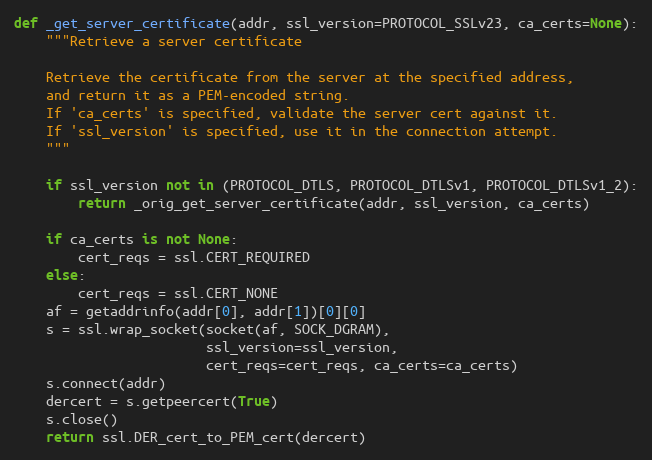
Language: Python
def _get_server_certificate(addr, ssl_version=PROTOCOL_SSLv23, ca_certs=None):
    """Retrieve a server certificate

    Retrieve the certificate from the server at the specified address,
    and return it as a PEM-encoded string.
    If 'ca_certs' is specified, validate the server cert against it.
    If 'ssl_version' is specified, use it in the connection attempt.
    """

    if ssl_version not in (PROTOCOL_DTLS, PROTOCOL_DTLSv1, PROTOCOL_DTLSv1_2):
        return _orig_get_server_certificate(addr, ssl_version, ca_certs)

    if ca_certs is not None:
        cert_reqs = ssl.CERT_REQUIRED
    else:
        cert_reqs = ssl.CERT_NONE
    af = getaddrinfo(addr[0], addr[1])[0][0]
    s = ssl.wrap_socket(socket(af, SOCK_DGRAM),
                        ssl_version=ssl_version,
                        cert_reqs=cert_reqs, ca_certs=ca_certs)
    s.connect(addr)
    dercert = s.getpeercert(True)
    s.close()
    return ssl.DER_cert_to_PEM_cert(dercert)